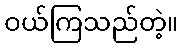
ဝယ်ကြသည်တဲ့။